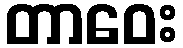
တာဝေး